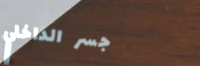
جسر الداخلي